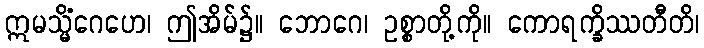
ဣမသ္မိံဂေဟေ၊ ဤအိမ်၌။ ဘောဂေ၊ ဥစ္စာတို့ကို။ ကောရက္ခိဿတီတိ၊